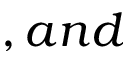
, a n d